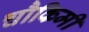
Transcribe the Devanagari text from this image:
चौकिमी